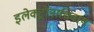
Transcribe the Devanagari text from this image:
इलेक्ट्रॉनाशिवाय